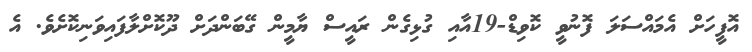
އޮފީހަށް އެމައްސަލަ ފޮނުވީ ކޮވިޑް-19އާއި ގުޅިގެން ރައީސް ޔާމީން ގޭބަންދަށް ދޫކޮށްލާފައިވަނިކޮށެވެ. އެ